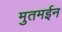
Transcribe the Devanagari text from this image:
मुतमईन